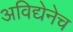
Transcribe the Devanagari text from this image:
अविद्येनेच